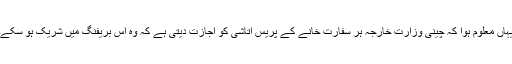
یہاں معلوم ہوا کہ چینی وزارت خارجہ ہر سفارت خانے کے پریس اتاشی کو اجازت دیتی ہے کہ وہ اس بریفنگ میں شریک ہو سکے۔